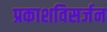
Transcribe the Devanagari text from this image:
प्रकाशविसर्जन